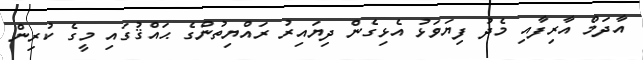
އާދަމް އާރިފާއި މެދު ފިޔަވަޅު އެޅިގެން ދިޔައިރު ރައްޔިތުންގެ ޙައްޤުގައި މީގެ ކުރިން